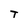
Character: T